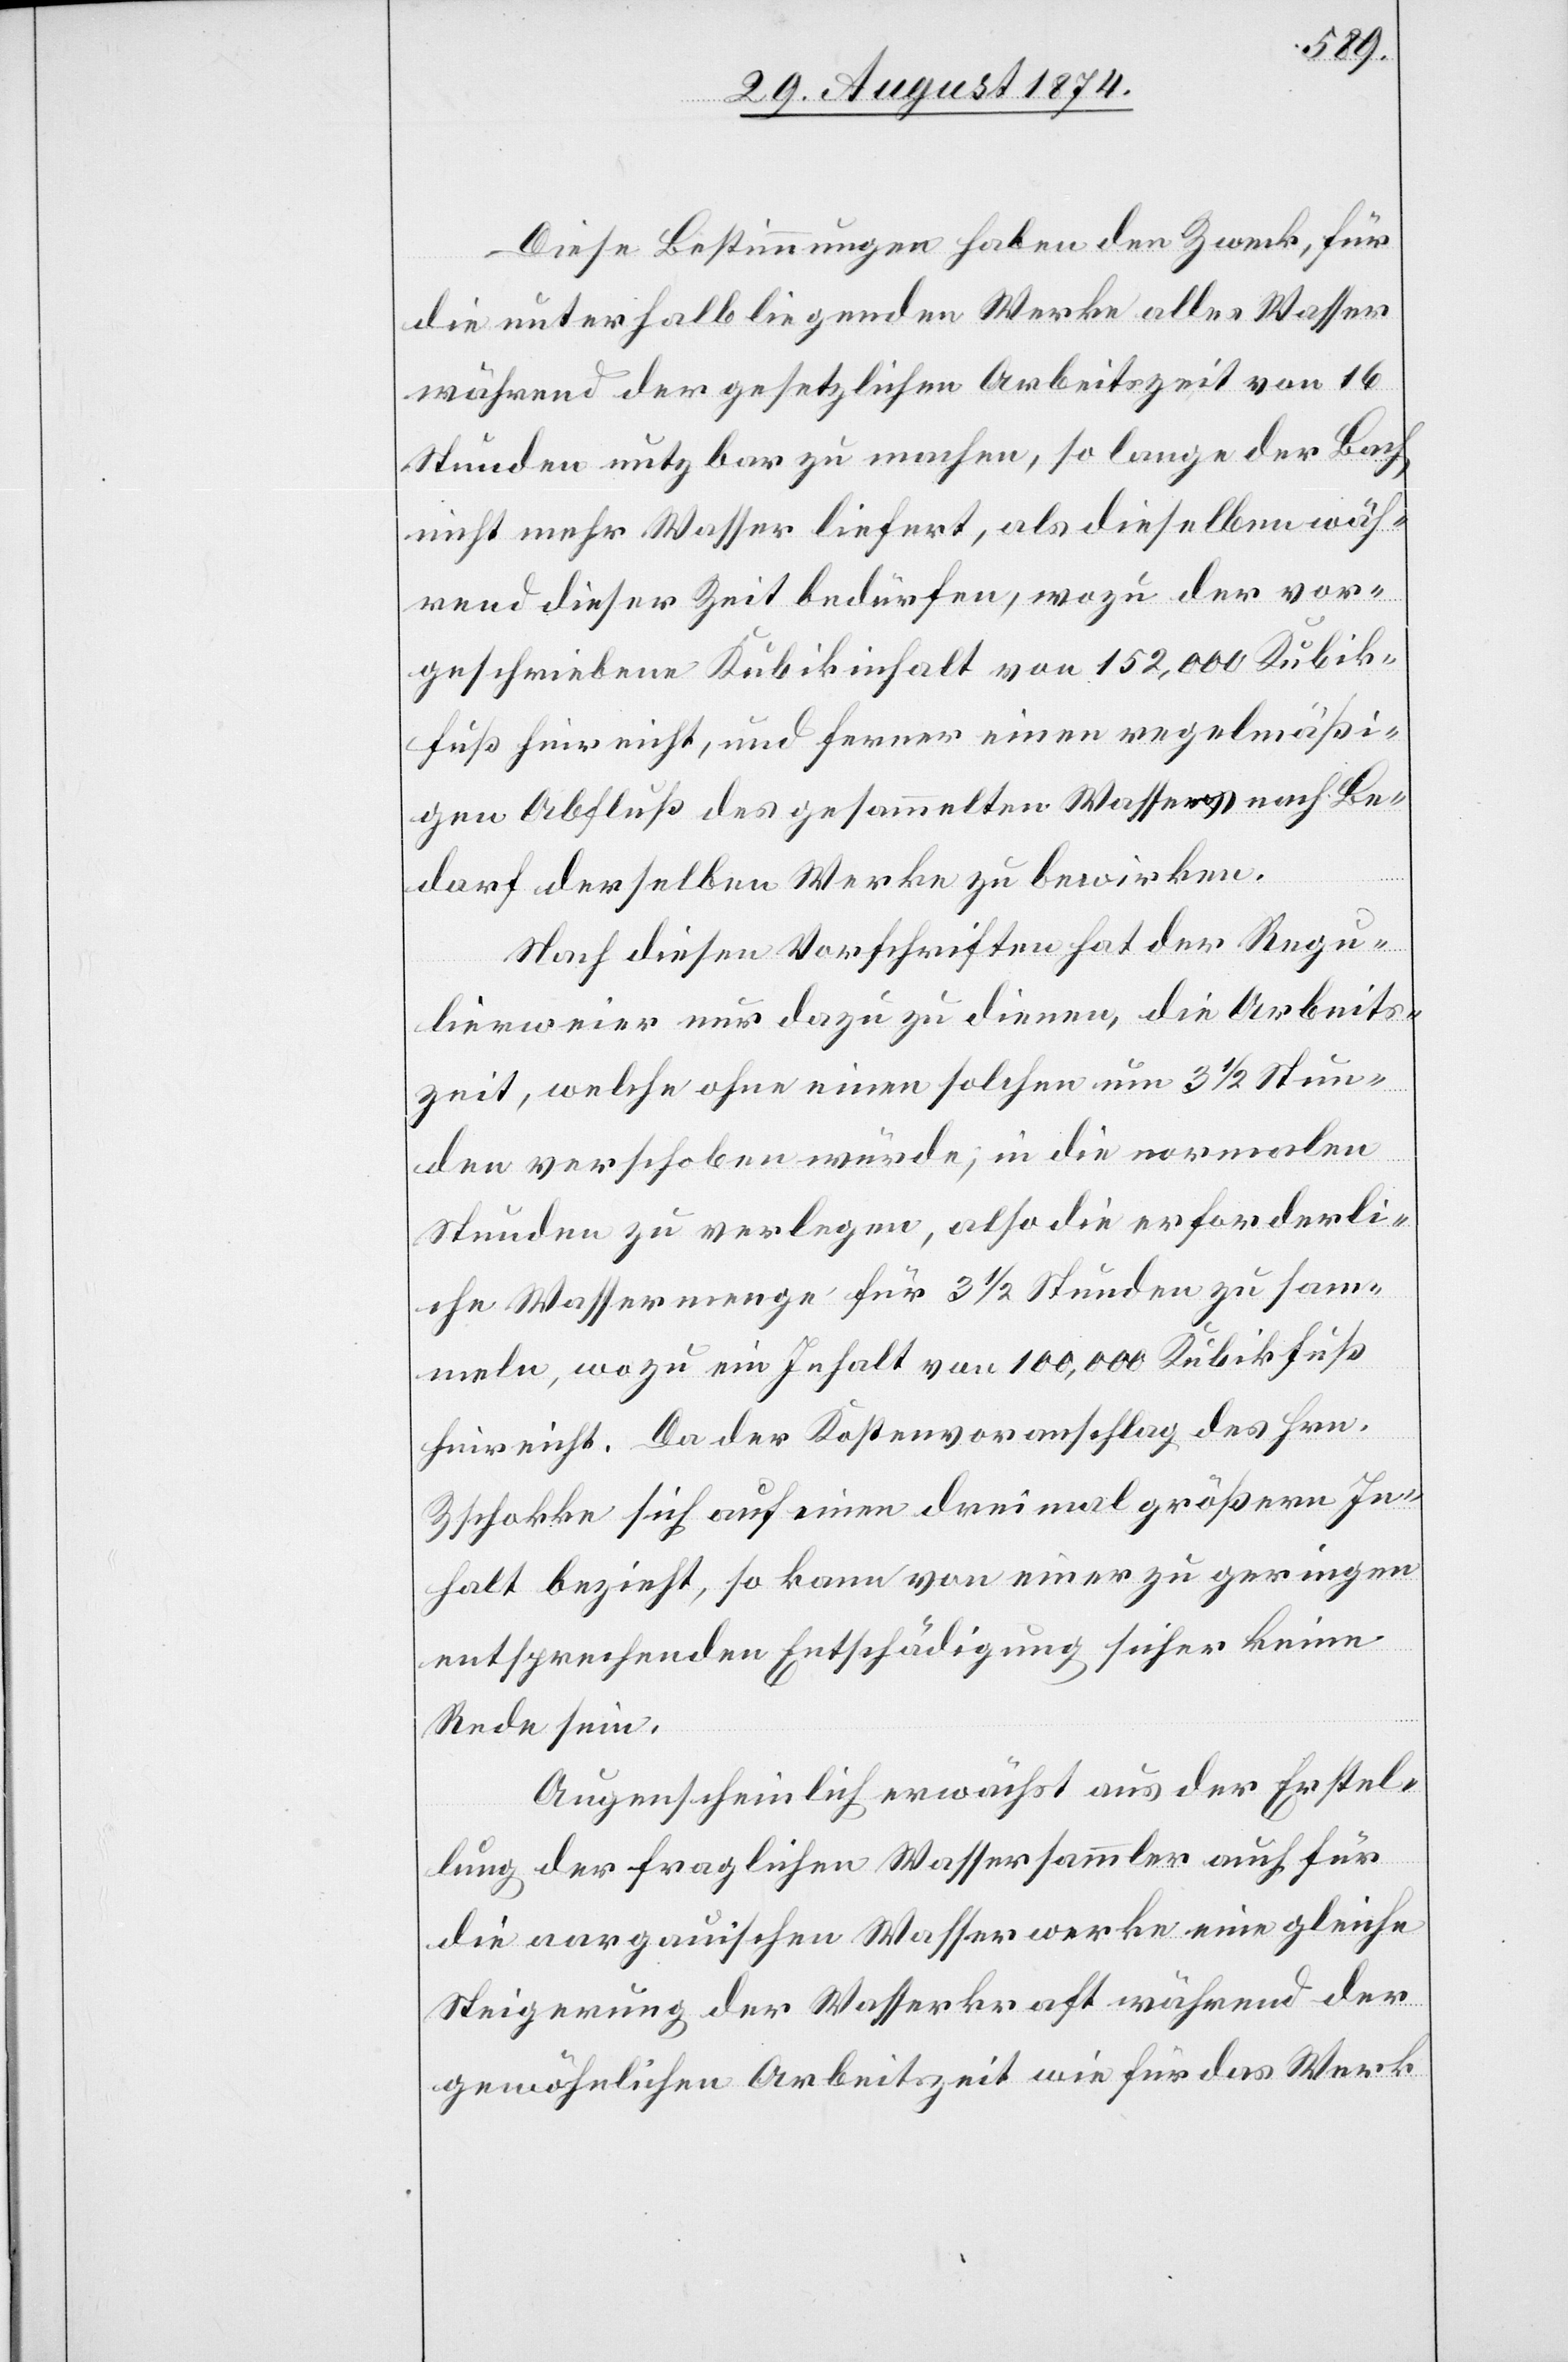
Diese Bestimmungen haben den Zweck, für
die unterhalb liegenden Werke alles Wasser
während der gesetzlichen Arbeitszeit von 16
Stunden nutzbar zu machen, so lange der Bach
nicht mehr Wasser liefert, als dieselben wäh¬
rend dieser Zeit bedürfen, wozu der vor¬
geschriebene Kubikinhalt von 152,000 Kubik¬
fuß hier nicht, und ferner einen regelmäßi¬
gen Abfluß des gesammelten Wassers nach Be¬
darf derselben Werke zu bewirken.
Nach diesen Vorschriften hat der Regu¬
lierweier nur dazu zu dienen, die Arbeits¬
zeit, welche ohne einen solchen um 3 1/2 Stun¬
den verschoben würde, in die normalen
Stunden zu verlegen, also die erforderli¬
che Wassermenge für 3 1/2 Stunden zu sam¬
meln, wozu ein Inhalt von 100,000 Kubikfuß
hinreicht. Da der Kostenvoranschlag des Hrn.
Zschokke sich auf einen dreimal größern In¬
halt bezieht, so kann von einer zu geringen
entsprechenden Entschädigung sicher keine
Rede sein.
Augenscheinlich erwächst aus der Erstel¬
lung der fraglichen Wassersammler auch für
die aargauischen Wasserwerke eine gleiche
Steigerung der Wasserkraft während der
gewöhnlichen Arbeitszeit wie für das Werk